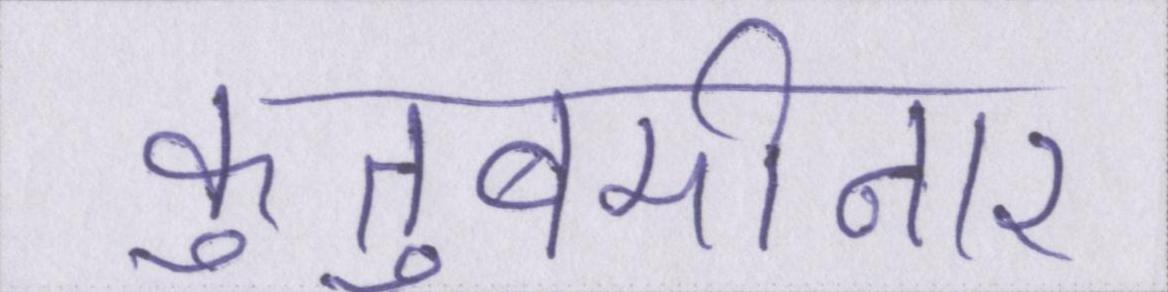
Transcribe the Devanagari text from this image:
कुतुबमीनार